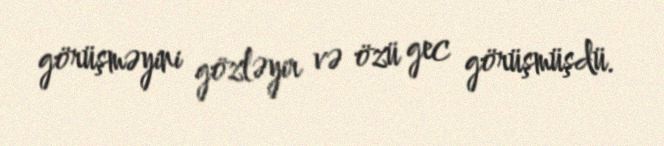
görüşməyini gözləyir və özü gec görüşmüşdü.